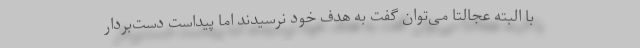
با البته عجالتاً می‌توان گفت به هدف خود نرسیدند اما پیداست دست‌بردار